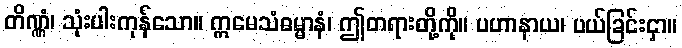
တိဏ္ဏံ၊ သုံးပါးကုန်သော။ ဣမေသံဓမ္မာနံ၊ ဤတရားတို့ကို။ ပဟာနာယ၊ ပယ်ခြင်းငှာ။